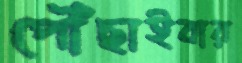
পৌঁছাইবার